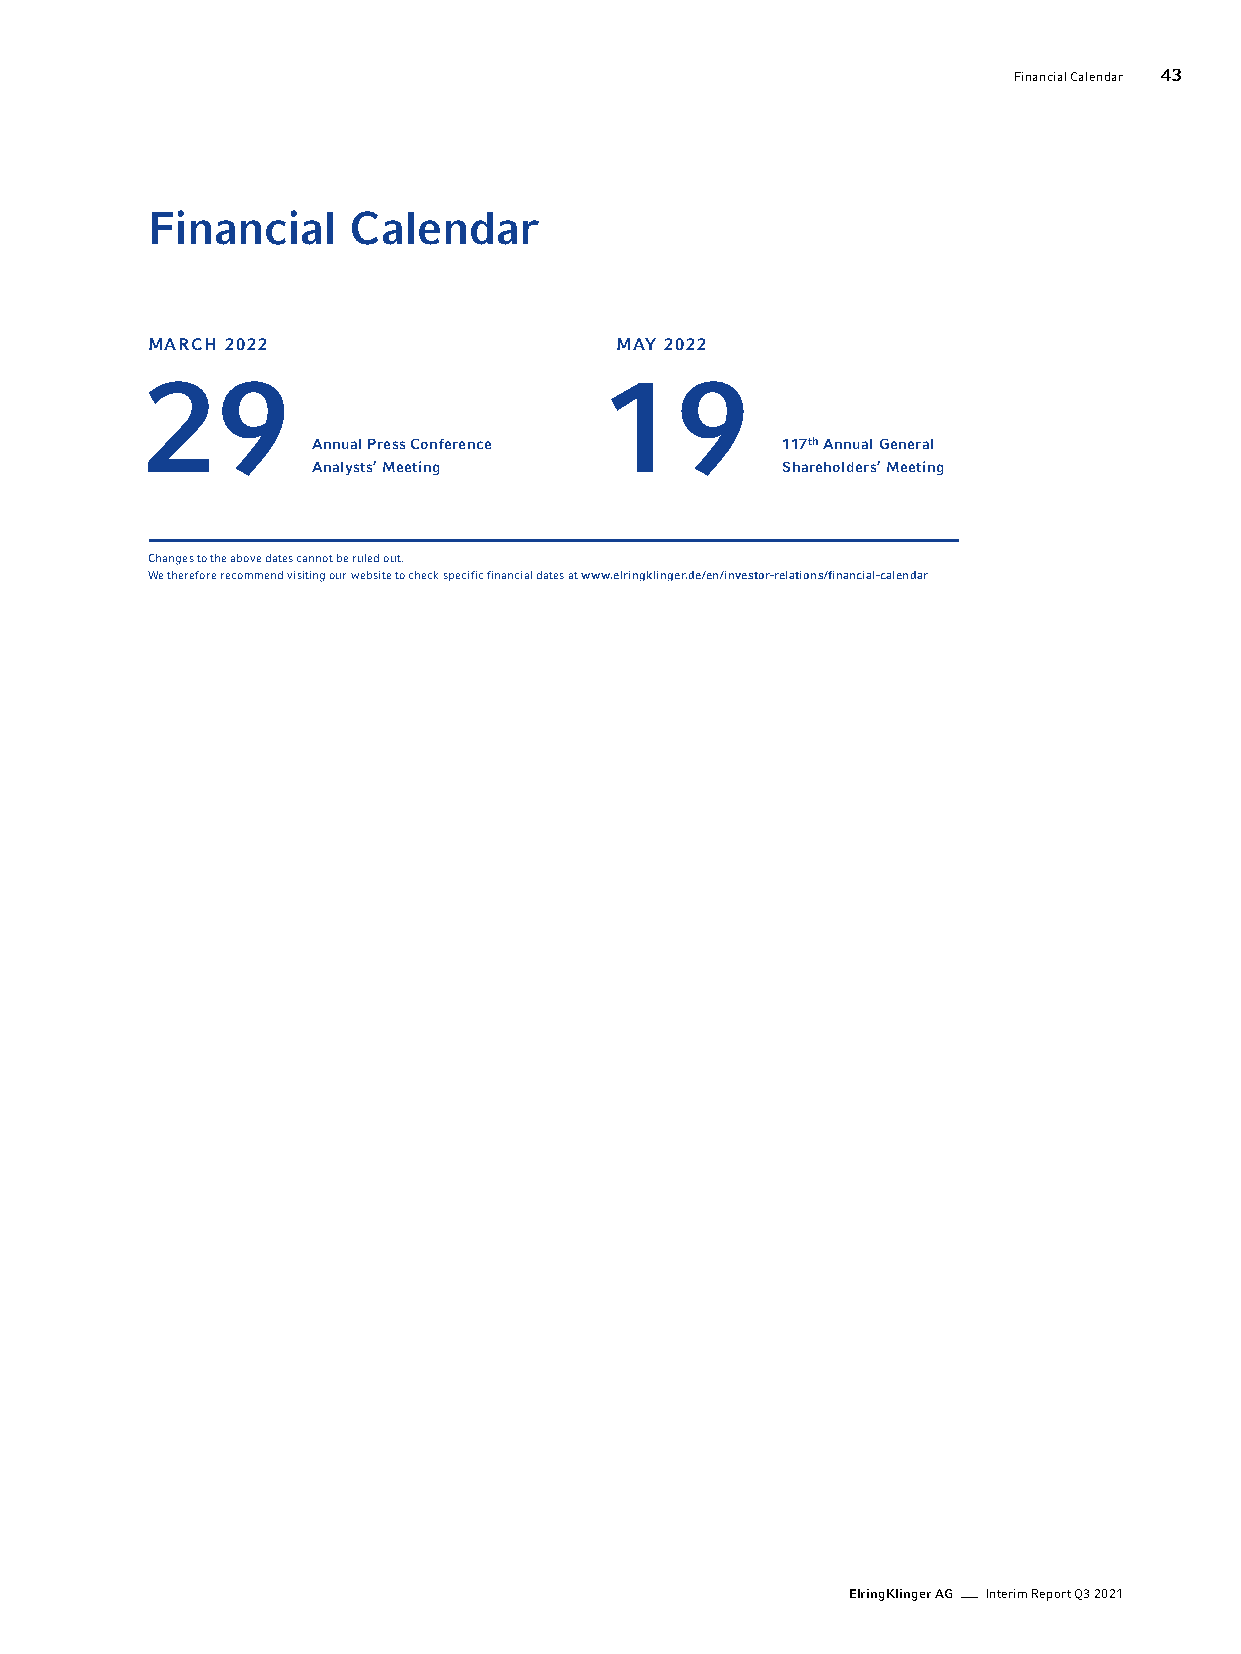
Financial Calendar 43
 Financial    Calendar
 MARCH 2022                     MAY 2022
 29                            19
 Annual Press Conference        117th Annual General
 Analysts’ Meeting              Shareholders’ Meeting
 Changes to the above dates cannot be ruled out.
 We therefore recommend visiting our website to check specific financial dates at www.elringklinger.de/en/investor-relations/financial-calendar
 ElringKlinger AG Interim Report Q3 2021